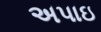
અપાઇ